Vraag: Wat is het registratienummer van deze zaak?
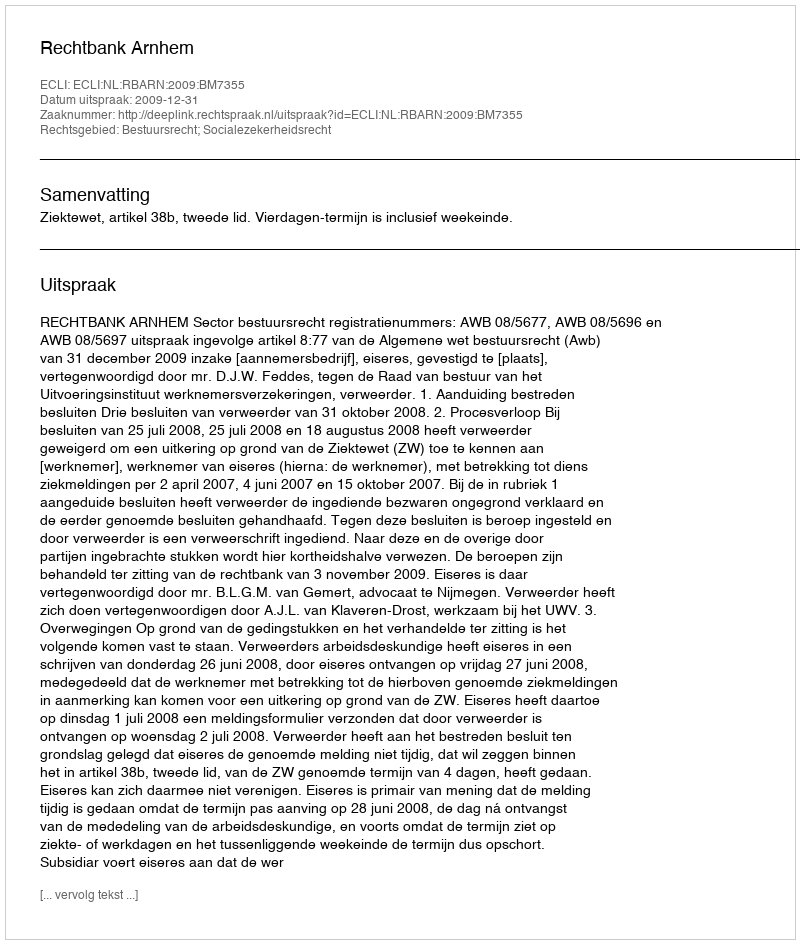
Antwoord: http://deeplink.rechtspraak.nl/uitspraak?id=ECLI:NL:RBARN:2009:BM7355